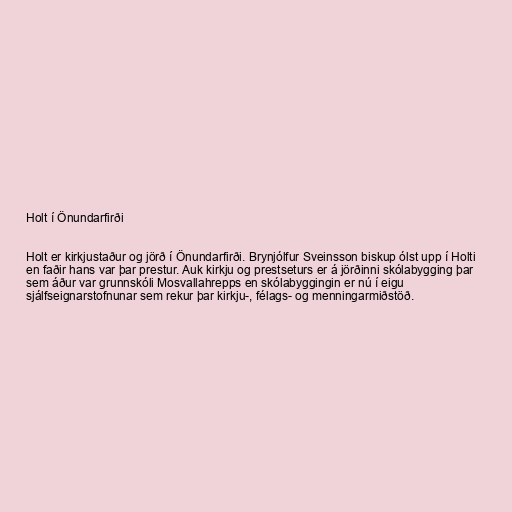
Holt í Önundarfirði

Holt er kirkjustaður og jörð í Önundarfirði. Brynjólfur Sveinsson biskup ólst upp í Holti
en faðir hans var þar prestur. Auk kirkju og prestseturs er á jörðinni skólabygging þar
sem áður var grunnskóli Mosvallahrepps en skólabyggingin er nú í eigu
sjálfseignarstofnunar sem rekur þar kirkju-, félags- og menningarmiðstöð.